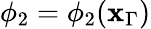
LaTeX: \phi_{2}=\phi_{2}(\mathbf{x}_{\Gamma})